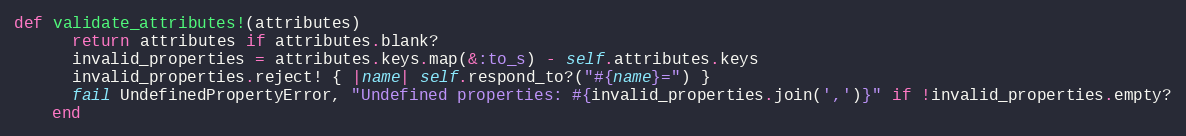
Language: Ruby
def validate_attributes!(attributes)
      return attributes if attributes.blank?
      invalid_properties = attributes.keys.map(&:to_s) - self.attributes.keys
      invalid_properties.reject! { |name| self.respond_to?("#{name}=") }
      fail UndefinedPropertyError, "Undefined properties: #{invalid_properties.join(',')}" if !invalid_properties.empty?
    end